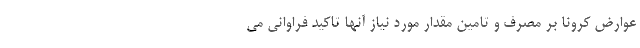
عوارض کرونا بر مصرف و تامین مقدار مورد نیاز آنها تاکید فراوانی می